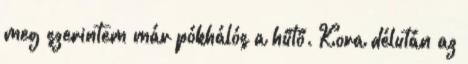
meg szerintem már pókhálós a hűtő. Kora délután az